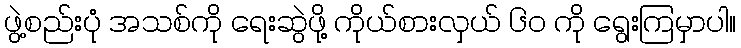
ဖွဲ့စည်းပုံ အသစ်ကို ရေးဆွဲဖို့ ကိုယ်စားလှယ် ၆၀ ကို ရွေးကြမှာပါ။